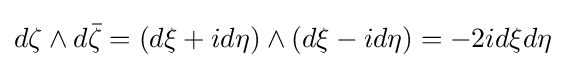
d\zeta \wedge d{\bar {\zeta }}=(d\xi +id\eta )\wedge (d\xi -id\eta )=-2id\xi d\eta